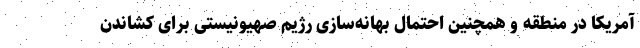
آمریکا در منطقه و همچنین احتمال بهانه‌سازی رژیم صهیونیستی برای کشاندن